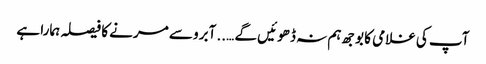
آپ کی غلامی کا بوجھ ہم نہ ڈھوئیں گے ….. آبرو سے مرنے کا فیصلہ ہمارا ہے